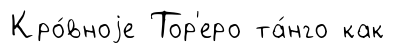
Кро́вноjе Тор'еро та́нго как